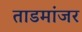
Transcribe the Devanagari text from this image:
ताडमांजर